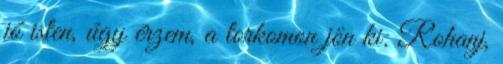
jó isten, úgy érzem, a torkomon jön ki. Rohanj,